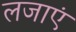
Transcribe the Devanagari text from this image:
लजाएं